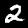
Label: 2